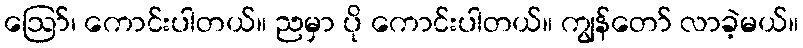
ဪ၊ ကောင်းပါတယ်။ ညမှာ ပို ကောင်းပါတယ်။ ကျွန်တော် လာခဲ့မယ်။